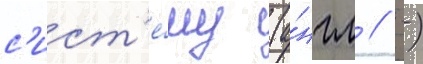
с'ист'е́му (а́нгл // -)